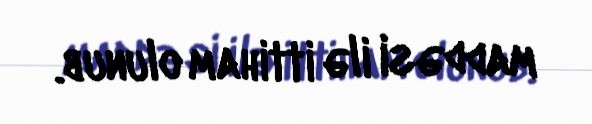
maddəsi ilə ittiham olunub.